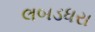
લબડધરા